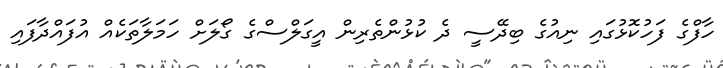
ހާފްގެ ފަހުކޮޅުގައި ނިއުގެ ބިދޭސީ ދެ ކުޅުންތެރިން އީގަލްސްގެ ގޯލަށް ހަމަލާތަކެއް އުފައްދާފައި